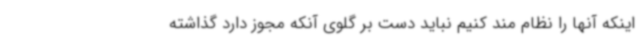
اینکه آنها را نظام مند کنیم نباید دست بر گلوی آنکه مجوز دارد گذاشته